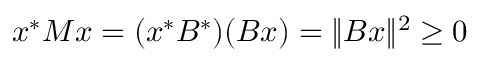
x ^ { * } M x = ( x ^ { * } B ^ { * } ) ( B x ) = \| B x \| ^ { 2 } \geq 0